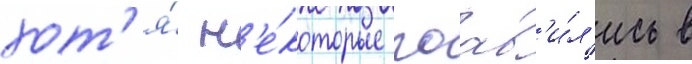
хот'я́ н'е́которые поав'и́л'ись в